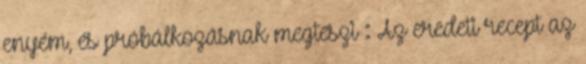
enyém, és próbálkozásnak megteszi : Az eredeti recept az